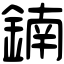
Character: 𨩇